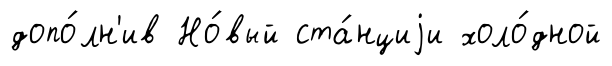
допо́лн'ив Но́вый ста́нциjи холо́дной